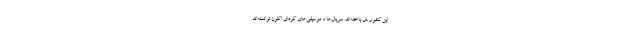
این کشور دل باخته‌اند. سریال‌ها و موسیقی‌های کره‌ای اکنون توانسته‌اند